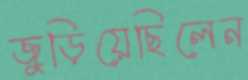
জুড়িয়েছিলেন